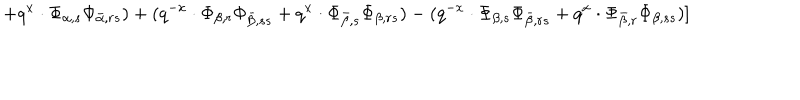
LaTeX: + q ^ { x } \cdot \Phi _ { \alpha , s } \Phi _ { \bar { \alpha } , r s } ) + ( q ^ { - x } \cdot \Phi _ { \beta , r } \Phi _ { \bar { \beta } , s s } + q ^ { x } \cdot \Phi _ { \bar { \beta } , s } \Phi _ { \beta , r s } ) - ( q ^ { - x } \cdot \Phi _ { \beta , s } \Phi _ { \bar { \beta } , r s } + q ^ { x } \cdot \Phi _ { \bar { \beta } , r } \Phi _ { \beta , s s } ) ]